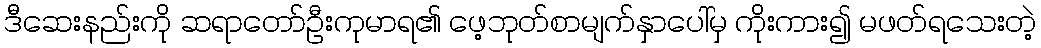
ဒီဆေးနည်းကို ဆရာတော်ဦးကုမာရ၏ ဖေ့ဘုတ်စာမျက်နှာပေါ်မှ ကိုးကား၍ မဖတ်ရသေးတဲ့